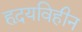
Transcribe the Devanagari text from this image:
हृदयविहीन